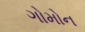
ગોમોન